Tezpur Lunatic Asylum reports 1877-1894 - 1877-1894
Year: 1877
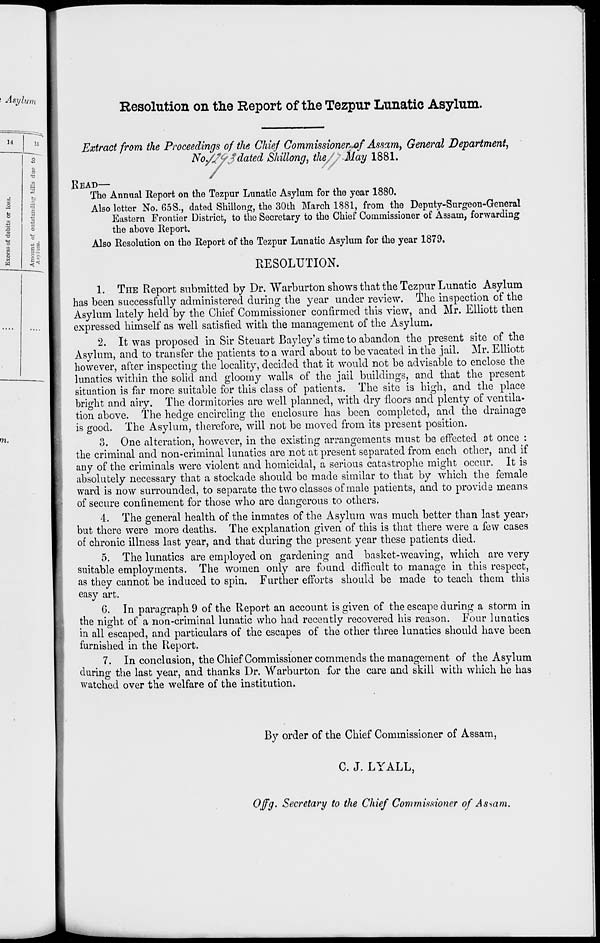
Resolution on the Report of the Tezpur Lunatic Asylum.
14
IS
o
9)
3
13
A
j
til
"3
O
0
8
.a
O
4>
t)
"c
O
s5
a
o
c ;-,
E i
Extract from the Proceedings of the Chief Commissioner^/Assam, General Department,
No/tyJdated Shillong, the/ May 1881.
READ-
/
'/
The Annual Report on the Tezpur Lunatic Asylum for the year 1880.
Also letter No. 65S., dated Shillon£, the 30th March 1881, from the Deputy-Surgeon-General
Eastern Frontier District, to the Secretary to the Chief Commissioner of Assam, forwarding
the above Report.
Also Resolution on the Report of the Tezpur Lunatic Asylum for the year 1879.
RESOLUTION.
1. THE Report submitted by Dr. Warburton shows that the Tezpur Lunatic Asylum
has been successfully administered during the year under review. The inspection of the
Asylum lately held by the Chief Commissioner confirmed this view, and Mr. Elliott then
expressed himself as well satisfied with the management of the Asylum.
2. It was proposed in Sir Steuart Bayley's time to abandon the present site of the
Asylum, and to transfer the patients to a ward about to be vacated in the jail. Mr. Elliott
however, after inspecting the locality, decided that it would not be advisable to enclose the
lunatics within the solid and gloomy walls of the jail buildings, and that the present
situation is far more suitable for this class of patients. The site is high, and the place
bright and airy. The dormitories are well planned, with dry floors and plenty of ventila-
tion above. The hedge encircling the enclosure has been completed, and the drainage
is good. The Asylum, therefore, will not be moved from its present position.
o. One alteration, however, in the existing arrangements must be effected ot once :
the criminal and non-criminal lunatics are not at present separated from each other, and if
any of the criminals were violent and homicidal, a serious catastrophe might occur. It is
absolutely necessary that a stockade should be made similar to that by which the female
ward is now surrounded, to separate the two classes of male patients, and to provide means
of secure confinement for those who are dangerous to others.
4. The general health of the inmates of the Asylum was much better than last year)
but there were more deaths. The explanation given of this is that there were a few cases
of chronic illness last year, and that during the present year these patients died.
5. The lunatics are employed on gardening and basket-weaving, which are very
suitable employments. The women only are found difficult to manage in this respect,
as they cannot be induced to spin. Further efforts should be made to teach them this
easy art.
6. In paragraph 9 of the Report an account is given of the escape during a storm in
the night of a non-criminal lunatic who had recently recovered his reason. Four lunatics
in all escaped, and particulars of the escapes of the other three lunatics should have been
furnished in the Report.
7. In conclusion, the Chief Commissioner commends the management of the Asylum
during the last year, and thanks Dr. Warburton for the care and skill with which he has
watched over the welfare of the institution.
By order of the Chief Commissioner of Assam,
C. J. LYALL,
Offg. Secretary to the Chief Commissioner of Assam.